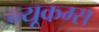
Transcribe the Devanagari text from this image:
न्यूकम्स